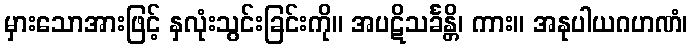
မှားသောအားဖြင့် နှလုံးသွင်းခြင်းကို။ အပဋိသင်္ခန္တိ၊ ကား။ အနုပါယဂဟဏံ၊